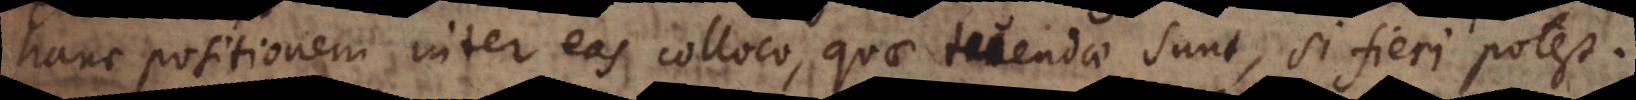
hanc positionem inter eas colloco, quae tuendae sunt, si fieri potest.